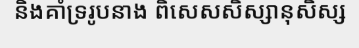
និងគាំទ្ររូបនាង ពិសេសសិស្សានុសិស្ស